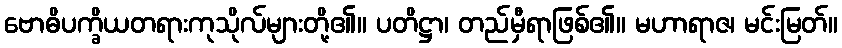
ဗောဓိပက္ခိယတရားကုသိုလ်များတို့၏။ ပတိဋ္ဌာ၊ တည်မှီရာဖြစ်၏။ မဟာရာဇ၊ မင်းမြတ်။